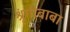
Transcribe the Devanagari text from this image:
श्रृंगीबाबा